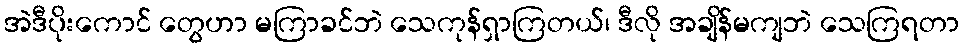
အဲဒီပိုးကောင် တွေဟာ မကြာခင်ဘဲ သေကုန်ရှာကြတယ်၊ ဒီလို အချိန်မကျဘဲ သေကြရတာ